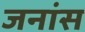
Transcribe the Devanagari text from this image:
जनांस